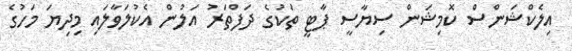
އިލެކްޝަންސް ކޮމިޝަން ސިޔާސީ ޕާޓީ ތަކުގެ ދަފްތަރު އަލުން އެކުލަވާލައި މިދިޔަ މަހުގެ